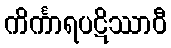
ကိင်္ကာရပဋိဿာဝီ